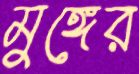
মুঙ্গের